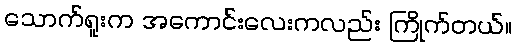
သောက်ရူးက အကောင်းလေးကလည်း ကြိုက်တယ်။